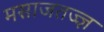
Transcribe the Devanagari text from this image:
मसाजतज्ज्ञ